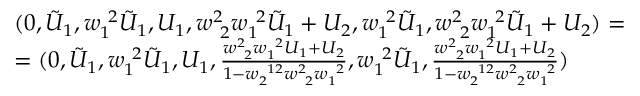
\begin{array} { r l } & { ( 0 , \tilde { U } _ { 1 } , w _ { 1 \ } ^ { \ 2 } \tilde { U } _ { 1 } , U _ { 1 } , w _ { \ 2 } ^ { 2 \ } w _ { 1 \ } ^ { \ 2 } \tilde { U } _ { 1 } + U _ { 2 } , w _ { 1 \ } ^ { \ 2 } \tilde { U } _ { 1 } , w _ { \ 2 } ^ { 2 \ } w _ { 1 \ } ^ { \ 2 } \tilde { U } _ { 1 } + U _ { 2 } ) = } \\ & { = ( 0 , \tilde { U } _ { 1 } , w _ { 1 \ } ^ { \ 2 } \tilde { U } _ { 1 } , U _ { 1 } , \frac { w _ { \ 2 } ^ { 2 \ } w _ { 1 \ } ^ { \ 2 } U _ { 1 } + U _ { 2 } } { 1 - w _ { 2 \ } ^ { \ 1 2 } w _ { \ 2 } ^ { 2 \ } w _ { 1 \ } ^ { \ 2 } } , w _ { 1 \ } ^ { \ 2 } \tilde { U } _ { 1 } , \frac { w _ { \ 2 } ^ { 2 \ } w _ { 1 \ } ^ { \ 2 } U _ { 1 } + U _ { 2 } } { 1 - w _ { 2 \ } ^ { \ 1 2 } w _ { \ 2 } ^ { 2 \ } w _ { 1 \ } ^ { \ 2 } } ) } \end{array}